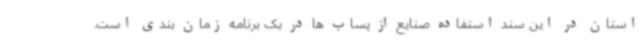
استان در این سند استفاده صنایع از پساب ها در یک برنامه زمان بندی است.